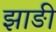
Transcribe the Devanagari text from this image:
झाङी